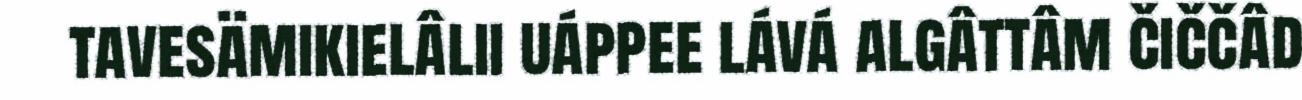
tavesämikielâlii uáppee lává algâttâm čiččâd